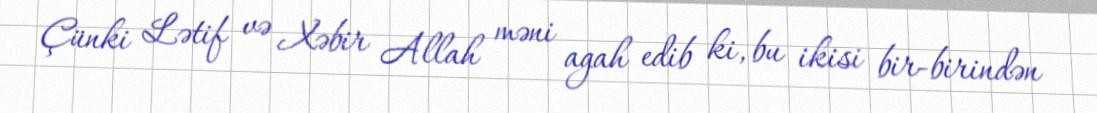
Çünki Lətif və Xəbir Allah məni agah edib ki, bu ikisi bir-birindən